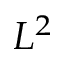
L ^ { 2 }